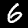
Label: 6